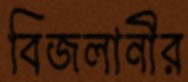
বিজলানীর